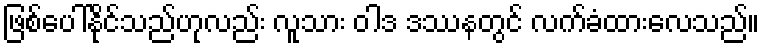
ဖြစ်ပေါ်နိုင်သည်ဟုလည်း လူသား ဝါဒ ဒဿနတွင် လက်ခံထားလေသည်။